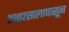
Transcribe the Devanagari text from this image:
२००२सालापासून